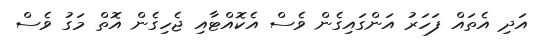
އަދި އެތައް ފަހަރު އަންގައިގެން ވެސް އެކޮއްޓާއި ޖެހިގެން އޮތް މަގު ވެސް